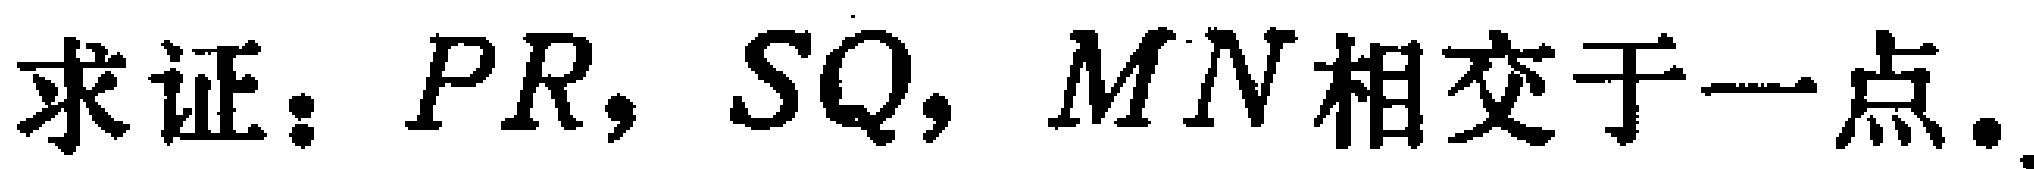
求证：\(PR, SQ, MN\)相交于一点.